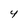
Character: Y